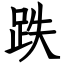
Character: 跌